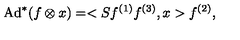
\mathrm { A d } ^ { * } ( f \otimes x ) = < S f ^ { ( 1 ) } f ^ { ( 3 ) } , x > f ^ { ( 2 ) } ,